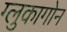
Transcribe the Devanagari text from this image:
ग्लुकागोन